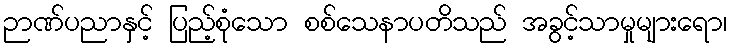
ဉာဏ်ပညာနှင့် ပြည့်စုံသော စစ်သေနာပတိသည် အခွင့်သာမှုများရော၊